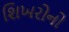
શિખરોનો